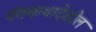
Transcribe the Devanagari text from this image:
दंतकथादेखील